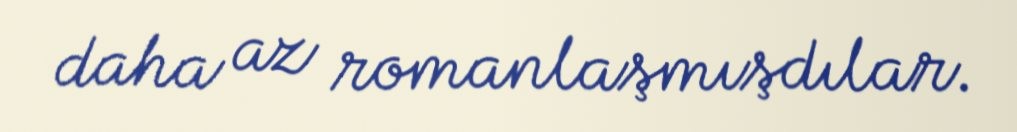
daha az romanlaşmışdılar.